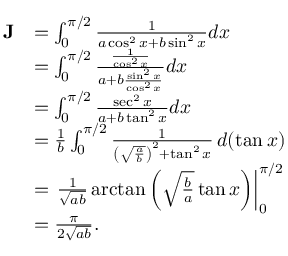
{ \begin{array} { r l } { \mathbf { J } } & { = \int _ { 0 } ^ { \pi / 2 } { \frac { 1 } { a \cos ^ { 2 } x + b \sin ^ { 2 } x } } d x } \\ & { = \int _ { 0 } ^ { \pi / 2 } { \frac { \frac { 1 } { \cos ^ { 2 } x } } { a + b { \frac { \sin ^ { 2 } x } { \cos ^ { 2 } x } } } } d x } \\ & { = \int _ { 0 } ^ { \pi / 2 } { \frac { \sec ^ { 2 } x } { a + b \tan ^ { 2 } x } } d x } \\ & { = { \frac { 1 } { b } } \int _ { 0 } ^ { \pi / 2 } { \frac { 1 } { \left( { \sqrt { \frac { a } { b } } } \right) ^ { 2 } + \tan ^ { 2 } x } } \, d ( \tan x ) } \\ & { = \left. { \frac { 1 } { \sqrt { a b } } } \arctan \left( { \sqrt { \frac { b } { a } } } \tan x \right) \right| _ { 0 } ^ { \pi / 2 } } \\ & { = { \frac { \pi } { 2 { \sqrt { a b } } } } . } \end{array} }